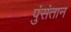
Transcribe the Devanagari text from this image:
पुंसंतान